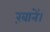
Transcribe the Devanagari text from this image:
ख़ानें।